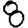
Digit: 8